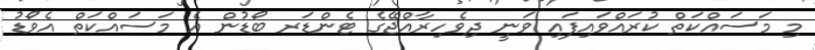
މި މަސައްކަތް ކުރައްވައިފައި ވަނީ ދިވެހިރާއްޖޭގެ ޓެންޑަރ ބޯޑުން އެ މަސައްކަތް އެވޯޑު